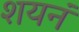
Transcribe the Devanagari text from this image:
शयनं